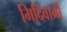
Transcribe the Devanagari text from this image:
मिदिवानी